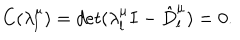
C ( \lambda _ { l } ^ { \mu } ) = d e t ( \lambda _ { l } ^ { \mu } I - \hat { D } _ { l } ^ { \mu } ) = 0 .